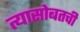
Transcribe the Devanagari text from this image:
त्यासोबतची